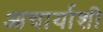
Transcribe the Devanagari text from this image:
आचार्याशी